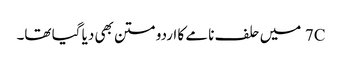
7C میں حلف نامے کا اردو متن بھی دیا گیا تھا۔